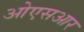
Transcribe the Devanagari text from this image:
ओएसआर